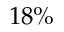
1 8 \%